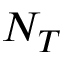
N _ { T }